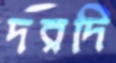
দরদি